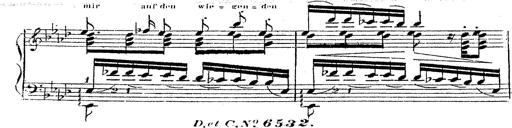
Title: 12 Lieder von Franz Schubert
Composer: Franz Liszt